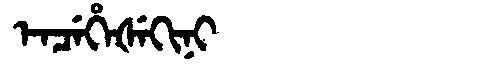
Manchu: ᡝᠨᠴᡝᡥᡝᡧᡝᡴᡳᠨᡳ
Romanization: ENCEHEŠEKINI